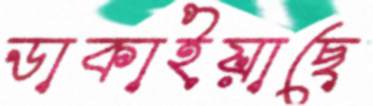
ডাকাইয়াছে